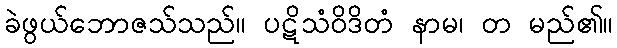
ခဲဖွယ်ဘောဇသ်သည်။ ပဋိသံဝိဒိတံ နာမ၊ တ မည်၏။